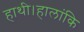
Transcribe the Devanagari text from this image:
हाथी।हालांकि